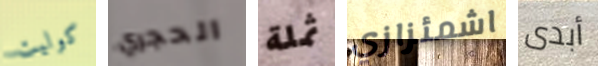
كوليت الحجري ثملة اشمئزازي أبدى